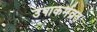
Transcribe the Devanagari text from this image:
उपाकर्मव्रत